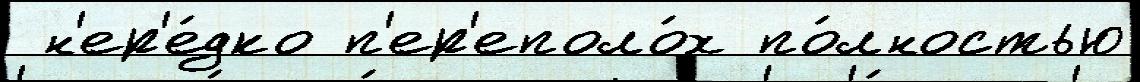
 н'ер'е́дко п'ер'еполо́х по́лностью